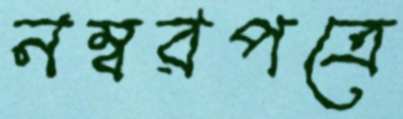
নম্বরপত্রে